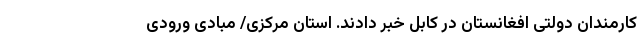
کارمندان دولتی افغانستان در کابل خبر دادند. استان مرکزی/ مبادی ورودی